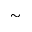
\sim